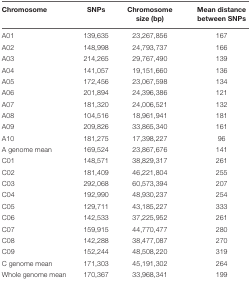
| Chromosome | SNPs | Chromosome size (bp) | Mean distance between SNPs |
 | --- | --- | --- | --- |
 | A01 | 139,635 | 23,267,856 | 167 |
 | A02 | 148,998 | 24,793,737 | 166 |
 | A03 | 214,265 | 29,767,490 | 139 |
 | A04 | 141,057 | 19,151,660 | 136 |
 | A05 | 172,456 | 23,067,598 | 134 |
 | A06 | 201,894 | 24,396,386 | 121 |
 | A07 | 181,320 | 24,006,521 | 132 |
 | A08 | 104,516 | 18,961,941 | 181 |
 | A09 | 209,826 | 33,865,340 | 161 |
 | A10 | 181,275 | 17,398,227 | 96 |
 | A genome mean | 169,524 | 23,867,676 | 141 |
 | C01 | 148,571 | 38,829,317 | 261 |
 | C02 | 181,409 | 46,221,804 | 255 |
 | C03 | 292,068 | 60,573,394 | 207 |
 | C04 | 192,990 | 48,930,237 | 254 |
 | C05 | 129,711 | 43,185,227 | 333 |
 | C06 | 142,533 | 37,225,952 | 261 |
 | C07 | 159,915 | 44,770,477 | 280 |
 | C08 | 142,288 | 38,477,087 | 270 |
 | C09 | 152,244 | 48,508,220 | 319 |
 | C genome mean | 171,303 | 45,191,302 | 264 |
 | Whole genome mean | 170,367 | 33,968,341 | 199 |